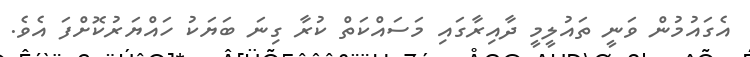
އެގައުމުން ވަނީ ތައުލީމީ ދާއިރާގައި މަސައްކަތް ކުރާ ގިނަ ބަޔަކު ހައްޔަރުކޮށްފަ އެވެ.